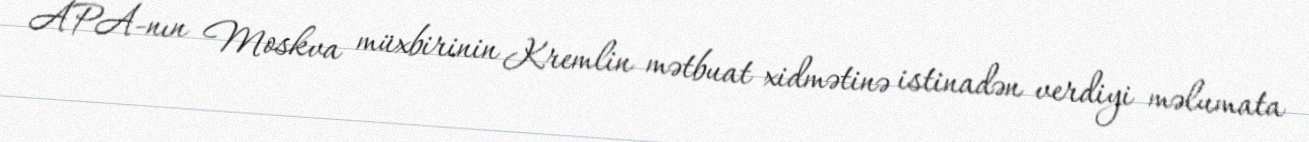
APA-nın Moskva müxbirinin Kremlin mətbuat xidmətinə istinadən verdiyi məlumata